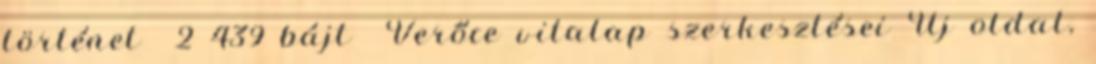
történet ‎ 2 439 bájt ‎Verőce vitalap szerkesztései Új oldal,